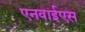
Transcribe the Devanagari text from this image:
एनवाईएस